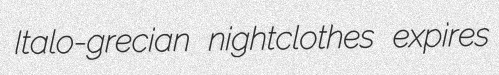
Italo-grecian nightclothes expires